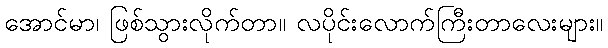
အောင်မာ၊ ဖြစ်သွားလိုက်တာ။ လပိုင်းလောက်ကြီးတာလေးများ။